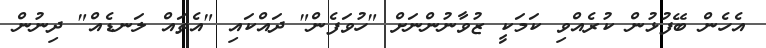
އެހެން ބޭފުޅުން ކުރެއްވި ކަމަަކީ ޒުވާނުންނަށް "ހުވަފެން" ދައްކައި "އެތައް ލަނޑެއް" ދިނުން